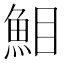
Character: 𩶖